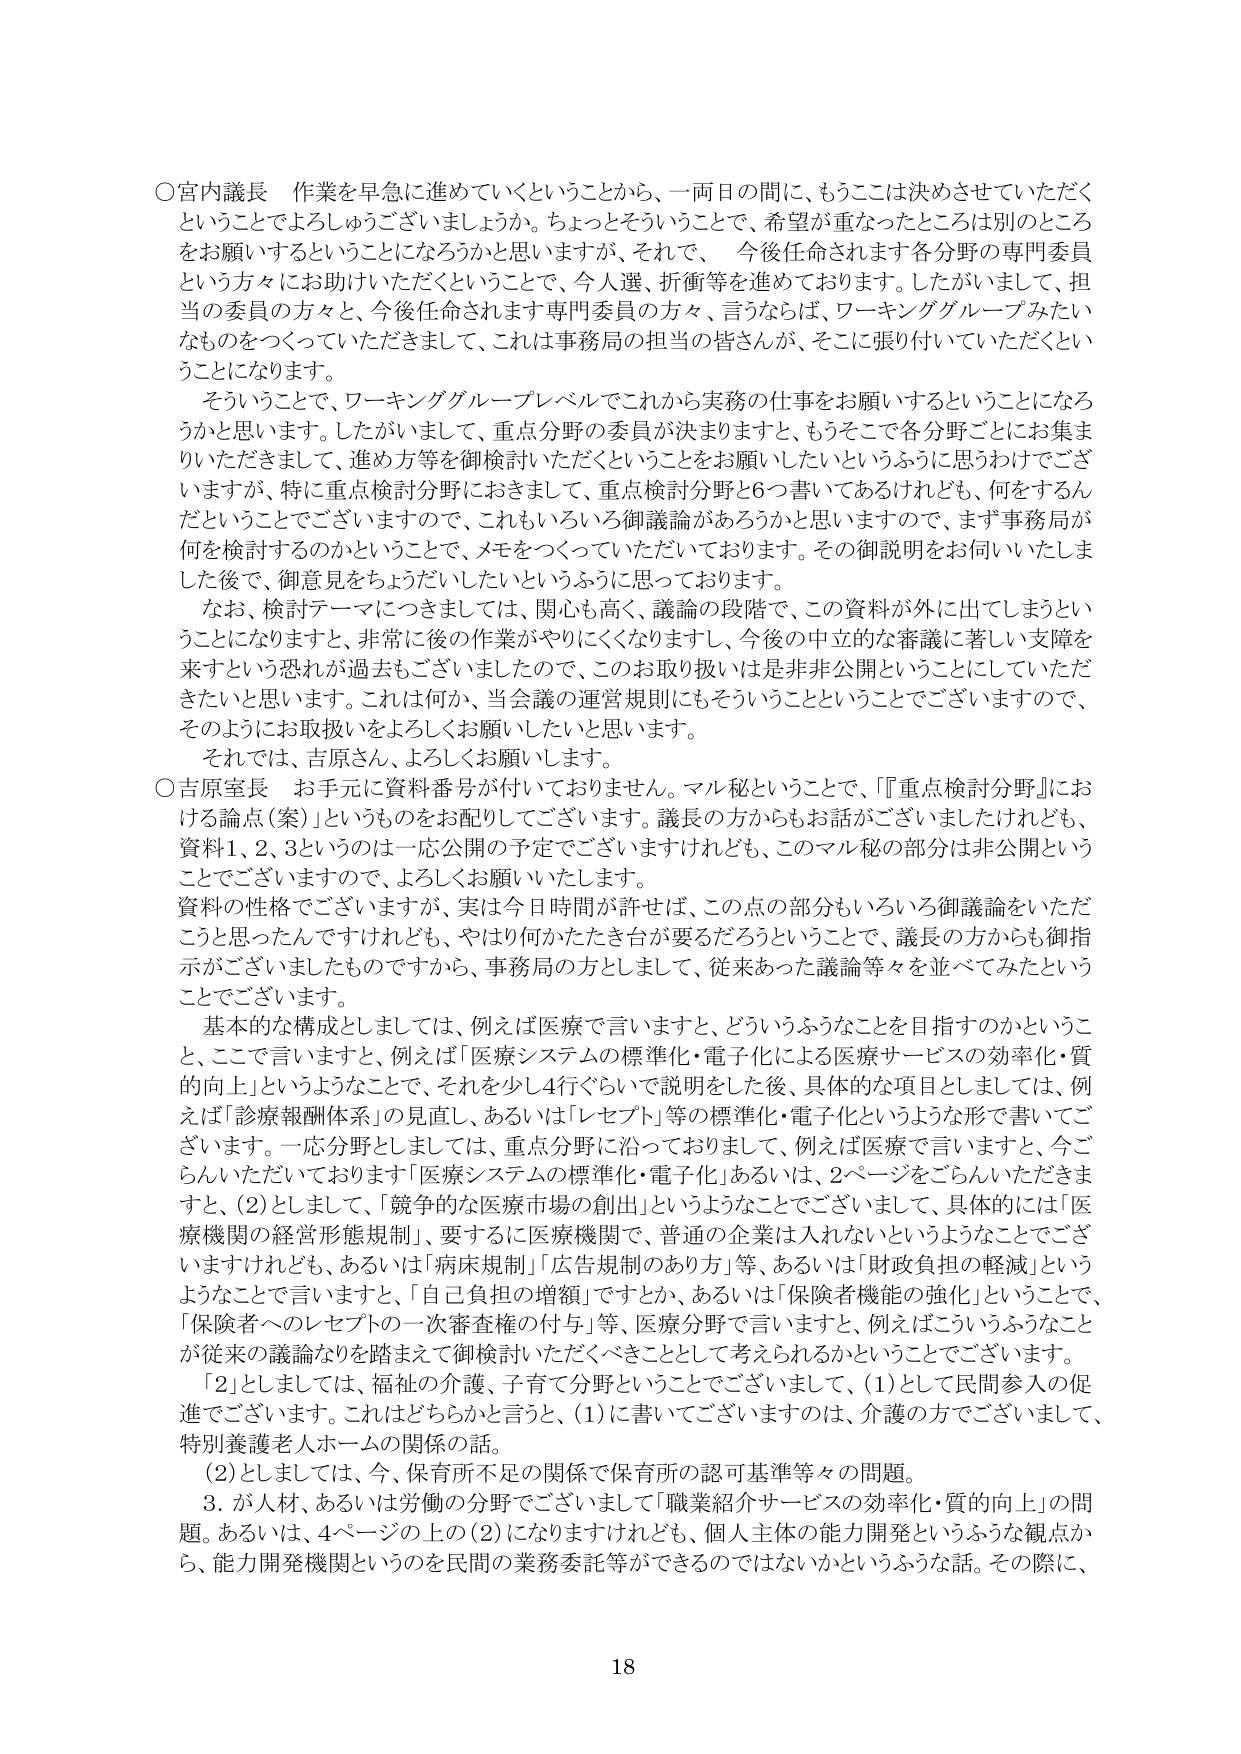
○宮内議長 作業を早急に進めていくということから、一両日の間にもうここは決めさせていただくというごとでよろしゅうございますでしょうか。ちょっとそういうことで、希望が重なったところは別のところをお願いするということになろうかと思いますが、それで、今後任命されます各分野の専門委員という方々にお助けいただくということで、今人選、折衝等を進めております。したがいまして、担当の委員の方々と、今後任命されます専門委員の方々、言うならば、ワーキンググループみたいなものを持っていただきますして、これは事務局の担当の皆さんが、そこに張り付いていただくということになります。

そういうことで、ワーキンググループレベルでこれから実務の仕事をお願いするということになるかと思います。したがいまして、重点分野の委員が決まりますと、もうそこで各分野ごとにご集まりいただきまして、進め方等を御検討いただくということをお願いしたいというふうに思っておりますが、特に重点検討分野におきまして、重点検討分野と6つ書いてあるけれども、何をするんだということでございますので、これもいろいろ御議論があるかと思いますので、まず事務局が何を検討するのかということで、メモをつくっていただいております。その御説明をお伺いいたしました後で、御意見をちょうだいしたいというふうに思っております。

なお、検討テーマにつきましては、関心も高く、議論の段階で、この資料が外に出てしまうということになりますと、非常に後の作業がやりにくくなりますし、今後の申立的な審議に著しい支障を来すという恐れが過去もございましたので、このお取り扱いは是非非公開ということでしていただきたいと思います。これは何か、当会議の運営規則にもそういうことということでございますので、そのようにお取扱いをよろしくお願いしたいと思います。

それでは、吉原さん、よろしくお願いします。

○吉原室長 お手元に資料番号が付いておりません。マル秘ということで、「『重点検討分野』における論点（案）」というものをお配りしてございます。議長の方からもお話がございましたけれども、資料1、2、3というのは一応公開の予定でございますけれども、このマル秘の部分は非公開ということでございますので、よろしくお願いいたします。

資料の性格でございますが、実は今日時間が許せば、この点の部分もいろいろ御議論をいただこうと思ったんですけれども、やはり何かたたき台が要るだろうということで、議長の方からも御指示がございましたものですから、事務局の方としまして、従来あった議論等々を並べてみたということでございます。

基本的な構成としましては、例えば医療で言いますと、どういうふうなことを目指すのかということ、ここで言いますと、例えば「医療システムの標準化・電子化による医療サービスの効率化・質的向上」というようなことで、それを少し4行ぐらいで説明をした後、具体的な項目としましては、例えば「診療報酬体系」の見直し、あるいは「レセプト」等の標準化・電子化というような形で書いてございます。一応分野としましては、重点分野に沿っておりまして、例えば医療で言いますと、今ごらんいただいております「医療システムの標準化・電子化」あるいは、2ページをごらんいただきますと、(2)としまして、「競争的な医療市場の創出」というようなことでございまして、具体的には「医療機関の経営形態規制」、要するに医療機関で、普通の企業は入れないというようなことでございますけれども、あるいは「病床規制」「広告規制のあり方」等、あるいは「財政負担の軽減」というようなことで言いますと、「自己負担の増額」ですとか、あるいは「保険者機能の強化」ということで、「保険者へのレセプトの一次審査権の付与」等、医療分野で言いますと、例えばこういうふうなことが従来の議論なりを踏まえて御検討いただくべきこととして考えられるかということでございます。

「2」としましては、福祉の介護、子育て分野ということでございまして、(1)として民間参入の促進でございます。これはどちらかと言うと、(1)に書いてございますのは、介護の方でございまして、特別養護老人ホームの関係の話。

(2)としましては、今、保育所不足の関係で保育所の認可基準等々の問題。

3．が人材、あるいは労働の分野でございまして「職業紹介サービスの効率化・質的向上」の問題。あるいは、4ページの上の(2)になりますけれども、個人主体の能力開発というふうな観点から、能力開発機関というのを民間の業務委託等ができるのではないかというふうな話。その際に、

18